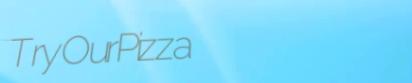
TryOurPizza